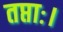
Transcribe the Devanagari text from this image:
तप्ताः।